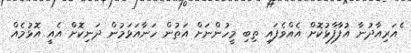
ެއަރިއާދުނާ އުފާފާޅުކޮށް އެއްވެފައި ތިބި މީހުންނަށް އަތުން ހަނާއަޅަމުން ދަނިކޮށް އެއީ އޮޅުމެއް